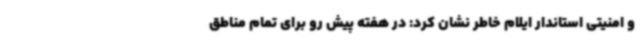
و امنیتی استاندار ایلام خاطر نشان کرد: در هفته پیش رو برای تمام مناطق